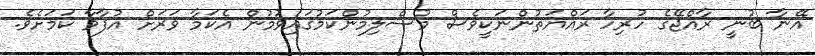
އޭނާ ބުނީ ރާއްޖޭގެ ހުރިހާ ރައްޔަތުންނަކީވެސް މުސްލިމުންކަމުގައިވުމުން އެކަމާ ވަރަށް އުފާވާ ކަމަށެވެ.